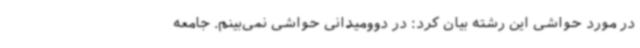
در مورد حواشی این رشته بیان کرد: در دوومیدانی حواشی نمی‌بینم. جامعه